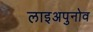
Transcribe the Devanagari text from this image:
लाइअपुनोव